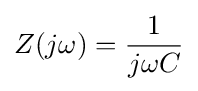
Z(j\omega )={\frac {1}{j\omega C}}